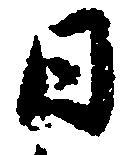
日